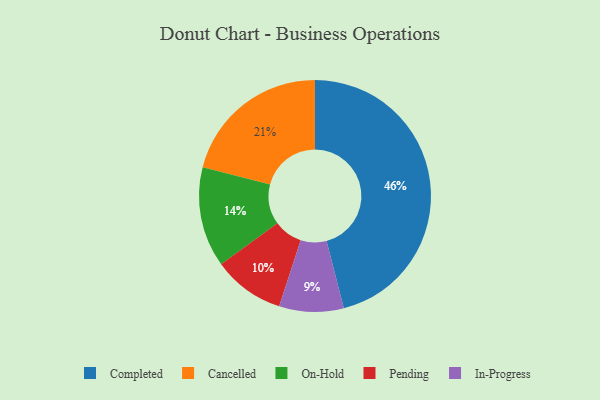
{"axis": {"x": "Category", "y": "Percentage"}, "legend": ["Cancelled", "Completed", "In-Progress", "On-Hold", "Pending"], "data": [{"x": "In-Progress", "y": 9, "type": "In-Progress"}, {"x": "On-Hold", "y": 14, "type": "On-Hold"}, {"x": "Completed", "y": 46, "type": "Completed"}, {"x": "Pending", "y": 10, "type": "Pending"}, {"x": "Cancelled", "y": 21, "type": "Cancelled"}]}